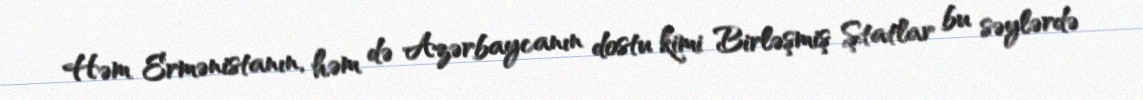
Həm Ermənistanın, həm də Azərbaycanın dostu kimi Birləşmiş Ştatlar bu səylərdə